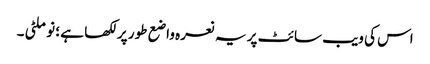
اس کی ویب سائٹ پر یہ نعرہ واضع طور پر لکھا ہے ؛ نو ملٹی ۔